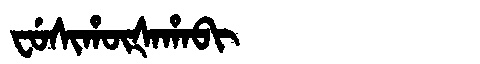
Manchu: ᠸᡠᠰᡳᡥᡡᡧᠠᡥᠠᠪᡳ
Romanization: FUSIHŪŠAHABI